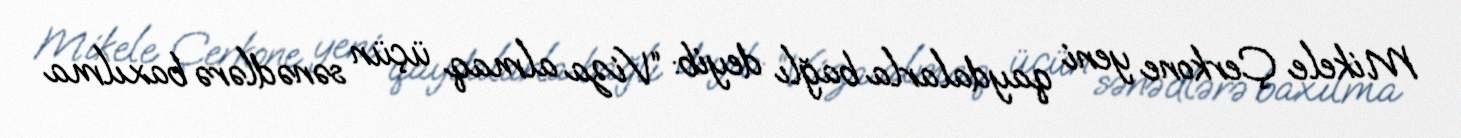
Mikele Çerkone yeni qaydalarla bağlı deyib: “Viza almaq üçün sənədlərə baxılma